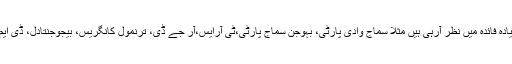
علاقائی پارٹیاں سب سے زیادہ فائدہ میں نظر آرہی ہیں مثلاً سماج وادی پارٹی، بہوجن سماج پارٹی،ٹی آرایس،آر جے ڈی، ترنمول کانگریس، بیجوجنتادل، ڈی ایم کے اور این سی پی وغیرہ۔